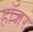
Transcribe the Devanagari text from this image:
हॉजर